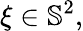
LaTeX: \xi\in\mathbb{S}^{2},